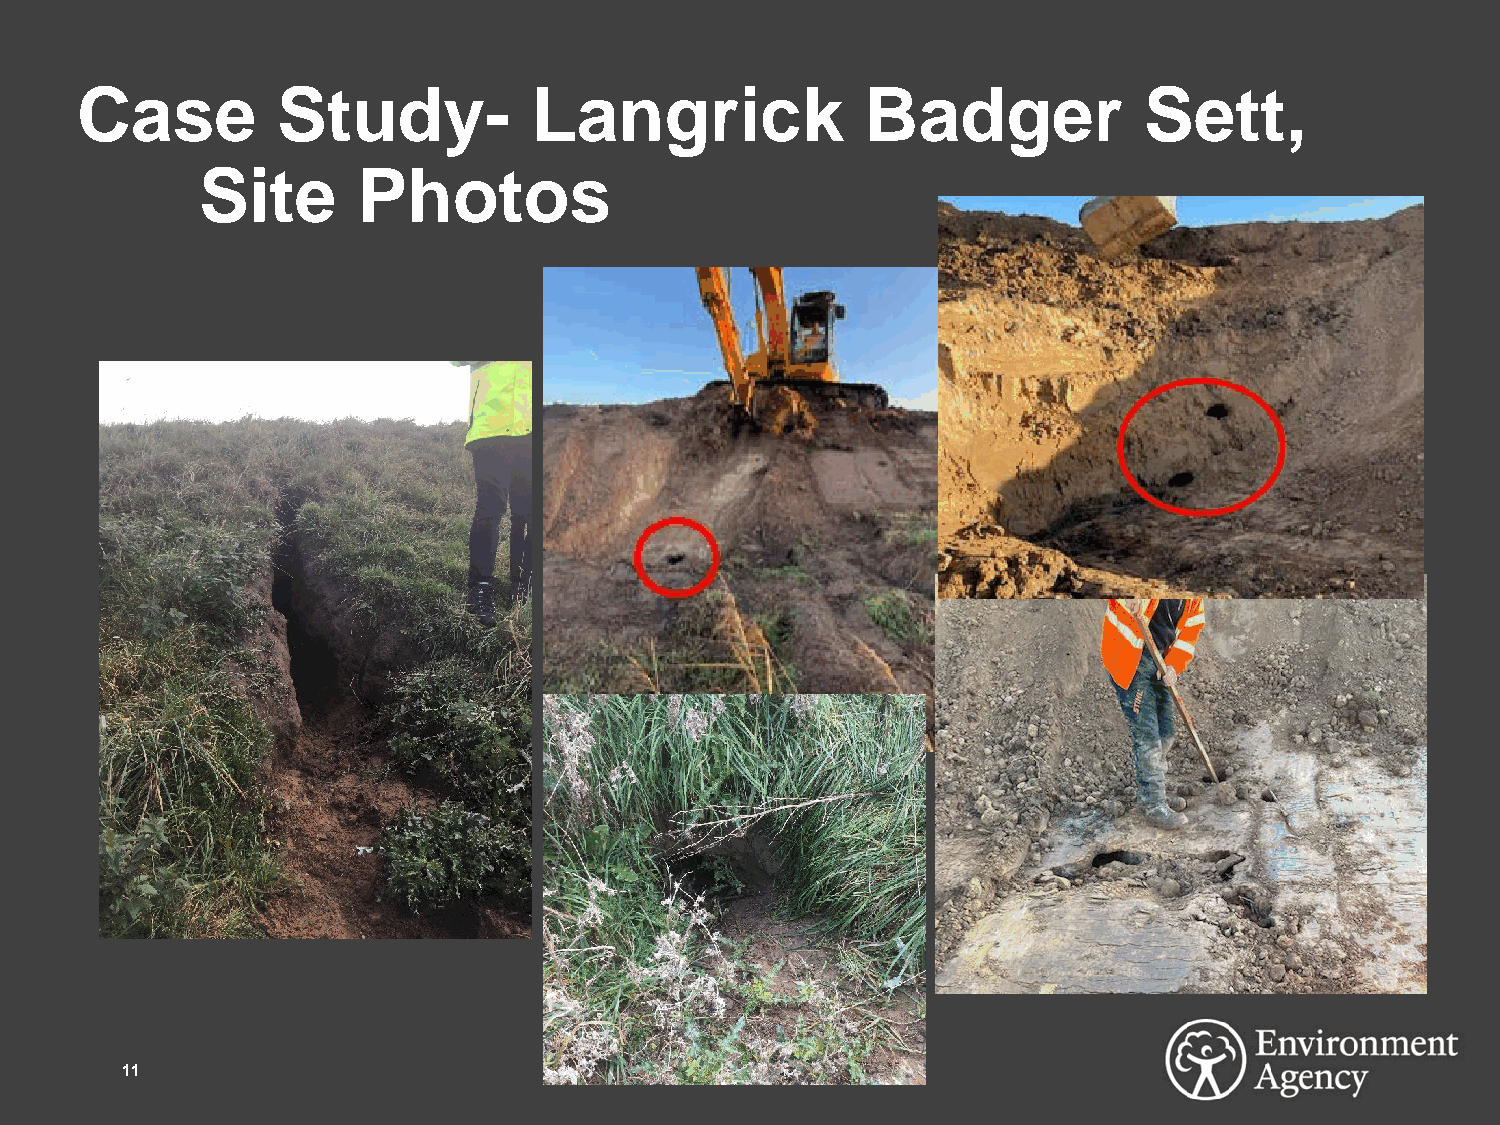
Case         Study-           Langrick              Badger             Sett,
 Site       Photos
 11